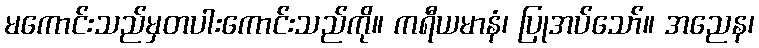
မကောင်းသည်မှတပါးကောင်းသည်ကို။ ကရီယမာနံ၊ ပြုအပ်သော်။ အညေန၊